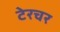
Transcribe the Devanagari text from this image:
टेरचर